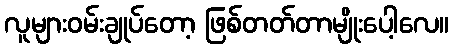
လူများဝမ်းချုပ်တော့ ဖြစ်တတ်တာမျိုးပေါ့လေ။